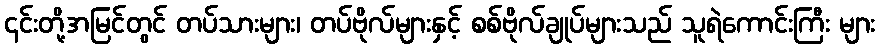
၎င်းတို့အမြင်တွင် တပ်သားများ၊ တပ်ဗိုလ်များနှင့် စစ်ဗိုလ်ချုပ်များသည် သူရဲကောင်းကြီး များ